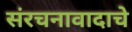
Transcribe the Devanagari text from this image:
संरचनावादाचे